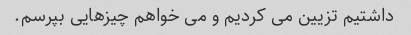
داشتیم تزیین می کردیم و می خواهم چیزهایی بپرسم.